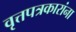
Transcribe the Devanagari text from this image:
वृत्तपत्रकारांना